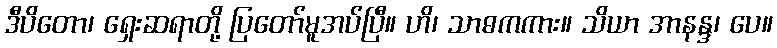
ဒီပိတော၊ ရှေးဆရာတို့ ပြတော်မူအပ်ပြီ။ ဟိ၊ သာဓကကား။ သိယာ အာနန္ဒ၊ ပေ။